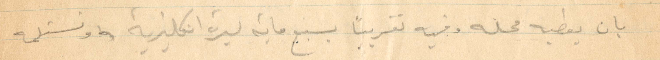
بان يعطيه محله وفيه تقريبًا بسبع مائة ليرة إنكليزية ونستلمه